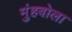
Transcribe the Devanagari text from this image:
मुंहबोला